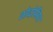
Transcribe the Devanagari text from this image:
ठोदोसिया